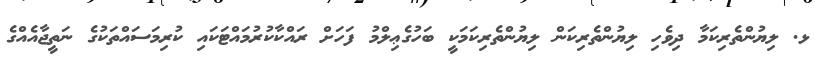
ޅ. ލިޔުންތެރިކަމާ ދިވެހި ލިޔުންތެރިކަން ލިޔުންތެރިކަމަކީ ބަހުގެޢިލްމު ފަހަށް ރައްކާކުރުމައްޓަކައި ކުރިމަސައްތަކުގެ ނަތީޖާއެއްގެ